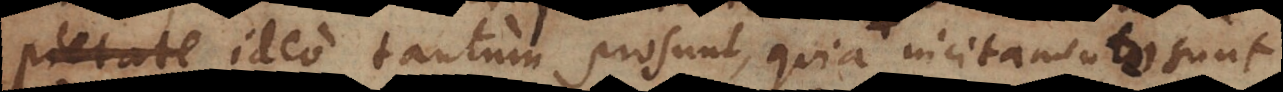
asservantur ideo tantum prosunt, quia incitamento sunt